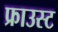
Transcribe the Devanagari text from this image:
फ्राउस्ट